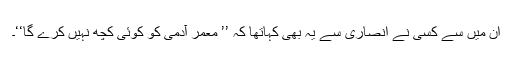
ان میں سے کسی نے انصاری سے یہ بھی کہاتھا کہ ’’ معمر آدمی کو کوئی کچھ نہیں کرے گا‘‘۔